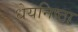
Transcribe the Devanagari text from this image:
धेयनिष्ठा